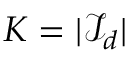
K = | { \mathcal { I } } _ { d } |